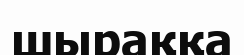
шыраққа